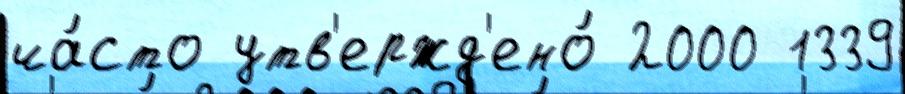
ча́сто утв'ержд'ено́ 2000 1339